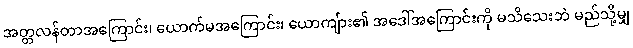
အတ္တလန်တာအကြောင်း၊ ယောက်မအကြောင်း၊ ယောကျ်ား၏ အဒေါ်အကြောင်းကို မသိသေးဘဲ မည်သို့မျှ